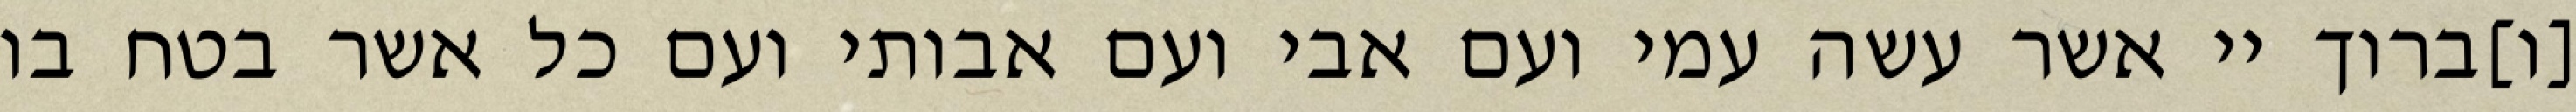
[ו]ברוך יי אשר עשה עמי ועם אבי ועם אבותי ועם כל אשר בטח בו